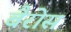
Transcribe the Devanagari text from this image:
बैरोस